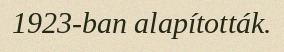
1923-ban alapították.